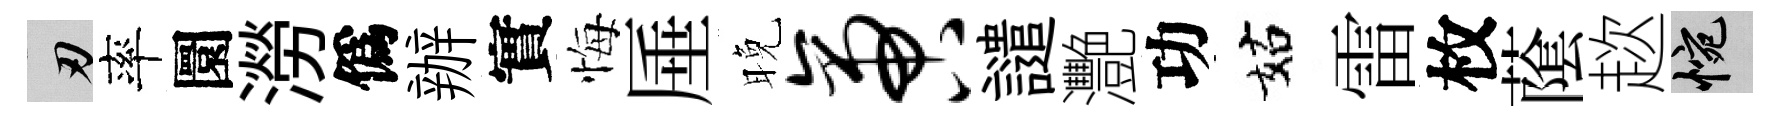
刃率圜澇僞辦實悔厜晚啻譴灧功姑雷枚䕃趑惋